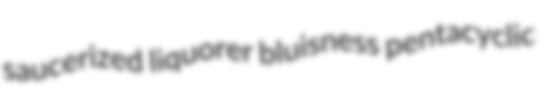
saucerized liquorer bluisness pentacyclic